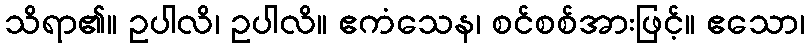
သိရာ၏။ ဥပါလိ၊ ဥပါလိ။ ဧကံသေန၊ စင်စစ်အားဖြင့်။ ဧသော၊